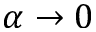
\alpha \to 0